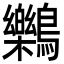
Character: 𪇱